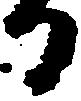
日